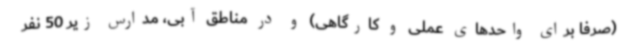
(صرفا برای واحدهای عملی و کارگاهی) و در مناطق آبی، مدارس زیر 50 نفر